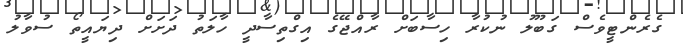
ގެރެންޓީވެސް ގަބޫލު ނުކުރާ ހިސާބަށް ރާއްޖޭގެ އިގްތިސާދީ ހާލަތު ދަށަށް ދިޔައީތޯ ސުވާލު